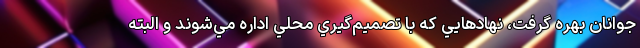
جوانان بهره گرفت، نهادهايي كه با تصميم‌گيري محلي اداره مي‌شوند و البته